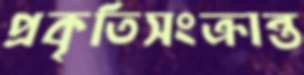
প্রকৃতিসংক্রান্ত